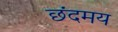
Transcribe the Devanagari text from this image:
छंदमय